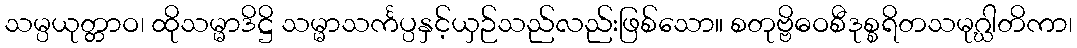
သမ္ပယုတ္တာဝ၊ ထိုသမ္မာဒိဋ္ဌိ သမ္မာသင်္ကပ္ပနှင့်ယှဉ်သည်လည်းဖြစ်သော။ စတုဗ္ဗိဓဝစီဒုစ္စရိတသမုဂ္ဃါတိကာ၊